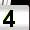
Digit: 4